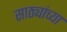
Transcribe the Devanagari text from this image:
साठ्यांच्या